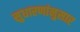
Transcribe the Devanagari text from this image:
सुधारणांनुसार